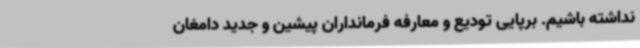
نداشته باشیم. برپایی تودیع و معارفه فرمانداران پیشین و جدید دامغان